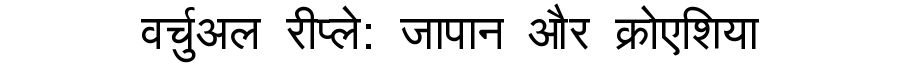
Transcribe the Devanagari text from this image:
वर्चुअल रीप्ले: जापान और क्रोएशिया